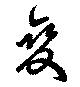
変